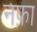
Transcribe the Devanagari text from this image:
नफ़ा